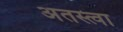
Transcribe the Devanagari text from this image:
अतस्त्वा